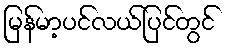
မြန်မာ့ပင်လယ်ပြင်တွင်